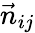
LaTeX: {\vec{n}_{ij}}